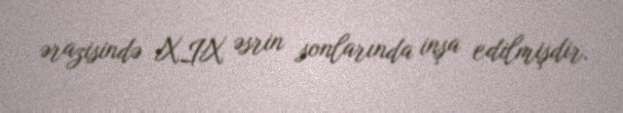
ərazisində XIX əsrin sonlarında inşa edilmişdir.